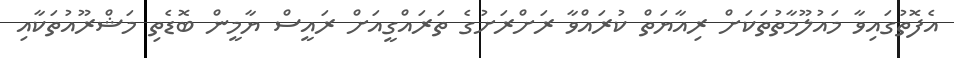
އެފޮތުގައިވާ މައުލޫމާތުތަކަށް ރިއާޔަތް ކުރައްވާ ރަށްރަށުގެ ތަރައްގީއަށް ރައީސް ޔާމީން ބޮޑެތި މަޝްރޫއުތަކާއި